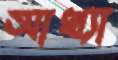
আখ্যা